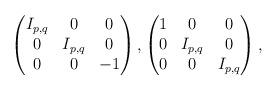
LaTeX: \begin{align*} \begin{pmatrix} I_{p,q} & 0 & 0 \\ 0 & I_{p,q} & 0 \\ 0 & 0 & -1 \end{pmatrix}, \begin{pmatrix} 1 & 0 & 0 \\ 0 & I_{p,q} & 0 \\ 0 & 0 & I_{p,q} \end{pmatrix},\end{align*}